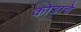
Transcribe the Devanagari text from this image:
कोडाचे